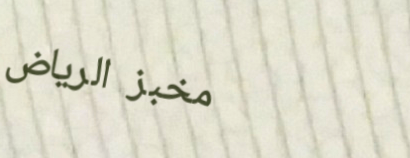
مخبز الرياض